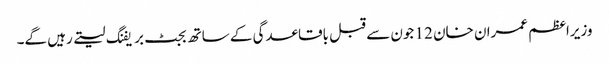
وزیراعظم عمران خان 12 جون سے قبل باقاعدگی کے ساتھ بجٹ بریفنگ لیتے رہیں گے۔